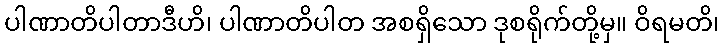
ပါဏာတိပါတာဒီဟိ၊ ပါဏာတိပါတ အစရှိသော ဒုစရိုက်တို့မှ။ ဝိရမတိ၊